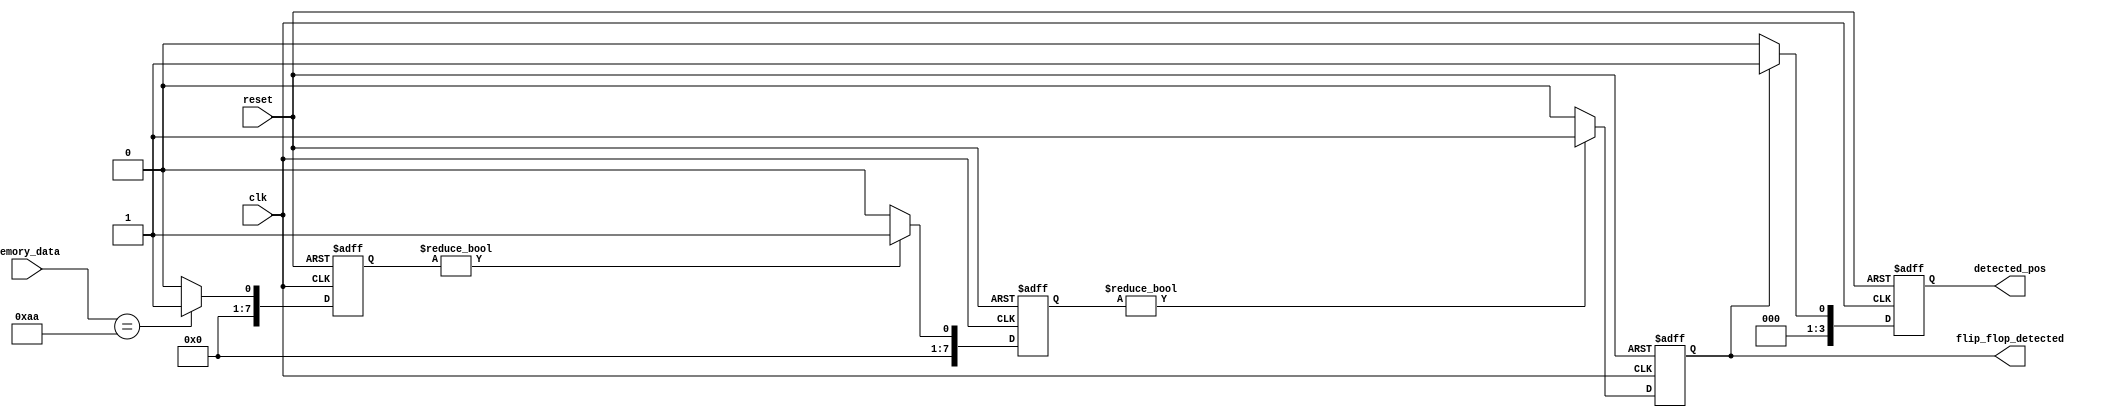
module flip_flop_detector (
    input wire clk,                // Clock input
    input wire reset,              // Reset signal
    input wire [7:0] memory_data,  // Memory block data input
    output reg flip_flop_detected, // Output signal indicating flip-flop presence
    output reg [3:0] detected_pos   // Positions of detected flip-flops (for example)
);

    // Internal signals for cascading detection
    reg [7:0] stage1_detect; // Stage 1 detection results
    reg [7:0] stage2_detect; // Stage 2 detection results

    // Pattern recognition for stage 1
    always @(posedge clk or posedge reset) begin
        if (reset) begin
            stage1_detect <= 8'b0;
        end else begin
            // Example pattern: Detecting a simple toggle pattern (for example)
            stage1_detect <= (memory_data == 8'b10101010) ? 8'b1 : 8'b0; // Example pattern
        end
    end

    // Pattern recognition for stage 2 (cascaded)
    always @(posedge clk or posedge reset) begin
        if (reset) begin
            stage2_detect <= 8'b0;
        end else begin
            // Example logic: Only activate if stage 1 detects a flip-flop
            stage2_detect <= (stage1_detect != 8'b0) ? 8'b1 : 8'b0; // Cascaded
        end
    end

    // Final detection output logic
    always @(posedge clk or posedge reset) begin
        if (reset) begin
            flip_flop_detected <= 1'b0;
            detected_pos <= 4'b0;
        end else begin
            // Combine results from both stages to determine final detection
            flip_flop_detected <= (stage2_detect != 8'b0) ? 1'b1 : 1'b0;
            detected_pos <= (flip_flop_detected) ? 4'b0001 : 4'b0; // Example position
        end
    end

endmodule